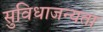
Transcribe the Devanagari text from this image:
सुविधाजन्यता